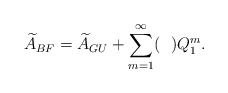
\begin{align*}{\widetilde A}_{BF} = {\widetilde A}_{GU} + \sum_{m=1}^{\infty} (~~)Q_1^m.\end{align*}